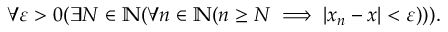
\forall \varepsilon > 0 ( \exists N \in \mathbb { N } ( \forall n \in \mathbb { N } ( n \geq N \implies | x _ { n } - x | < \varepsilon ) ) ) .